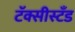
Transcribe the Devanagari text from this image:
टॅक्सीस्टँड